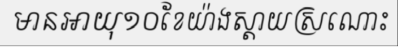
មានអាយុ១០ខែយ៉ាងស្តាយស្រណោះ